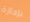
بإجازة